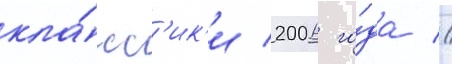
кла́сс'ик'и 2006 го́да //